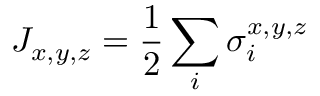
J _ { x , y , z } = \frac { 1 } { 2 } \sum _ { i } \sigma _ { i } ^ { x , y , z }